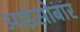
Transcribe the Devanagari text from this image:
आइसोबार